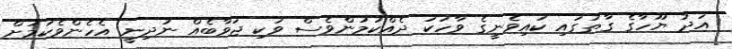
އަދު ޔޫހާގެ ގާތުގައި ކައިވެނީގެ ވާހަކަ ދެއްކުމުންވެސް ވަކި ޖަވާބެއް ނުދިނީ އެހެންވެކަމަށް